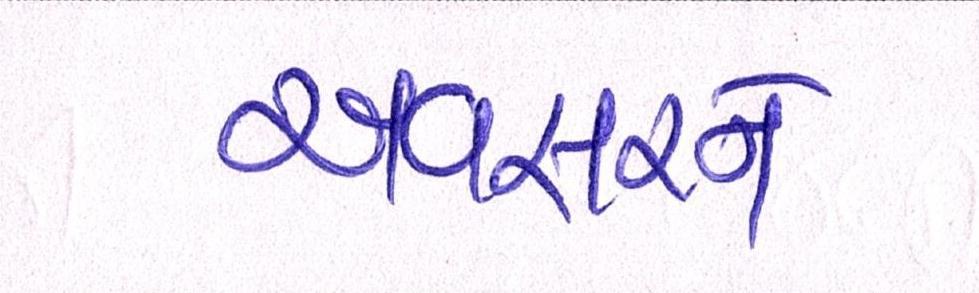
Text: અવસરને